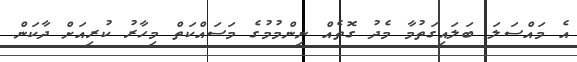
އެ މައްސަލަ ބަލައިގަތުމާ މެދު ގޮތެއް ނިންމުމުގެ މަސައްކަތް މިހާރު ކުރިއަށް ދާކަން